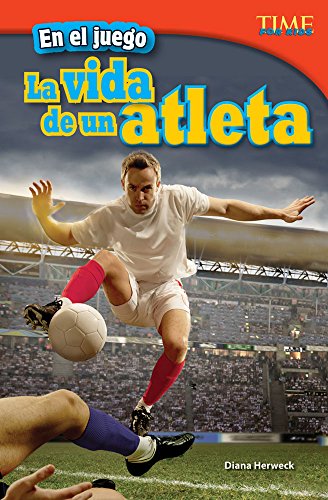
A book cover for En el juego: La vida de un atleta (In the Game: An Athlete's Life) (Time for Kids Nonfiction Readers: Level 4.2) (Spanish Edition); Diana Herweck; Children's Books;